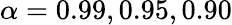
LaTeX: \alpha=0.99,0.95,0.90